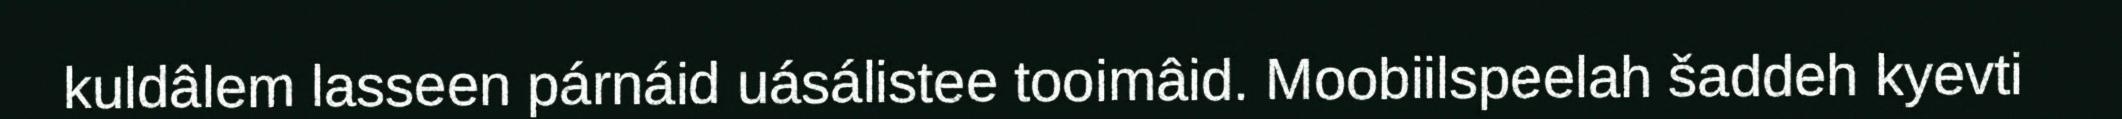
kuldâlem lasseen párnáid uásálistee tooimâid. Moobiilspeelah šaddeh kyevti